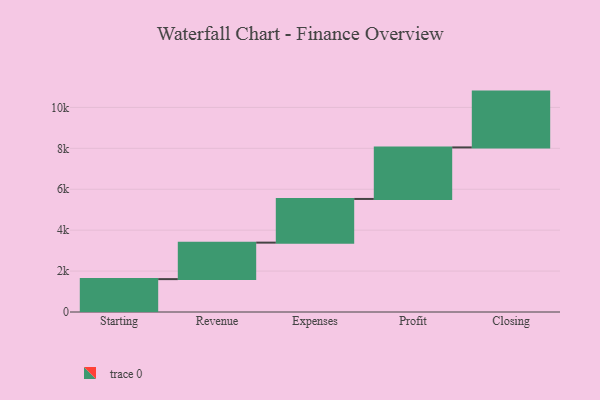
{"axis": {"x": "Step", "y": "Value"}, "legend": [""], "data": [{"x": "Starting", "y": 1607.0, "type": ""}, {"x": "Revenue", "y": 1784.0, "type": ""}, {"x": "Expenses", "y": 2135.0, "type": ""}, {"x": "Profit", "y": 2519.0, "type": ""}, {"x": "Closing", "y": 2728.0, "type": ""}]}